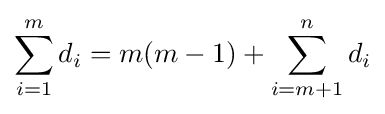
\sum _{i=1}^{m}d_{i}=m(m-1)+\sum _{i=m+1}^{n}d_{i}